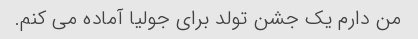
من دارم یک جشن تولد برای جولیا آماده می کنم.